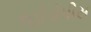
રહોડોપીસ